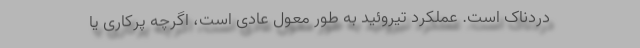
دردناک است. عملکرد تیروئید به طور معول عادی است، اگرچه پرکاری یا